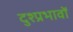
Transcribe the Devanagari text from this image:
दुश्प्रभावों